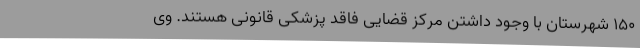
۱۵۰ شهرستان با وجود داشتن مرکز قضایی فاقد پزشکی قانونی هستند. وی